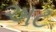
અટ